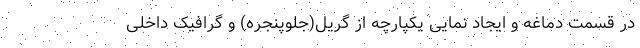
در قسمت دماغه و ایجاد نمایی یکپارچه از گریل(جلوپنجره) و گرافیک داخلی